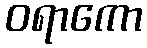
ဝရာကော